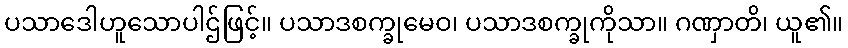
ပသာဒေါဟူသောပါဌ်ဖြင့်။ ပသာဒစက္ခုမေဝ၊ ပသာဒစက္ခုကိုသာ။ ဂဏှာတိ၊ ယူ၏။